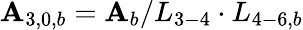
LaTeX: {\mathbf{A}_{3,0,b}}={\mathbf{A}_{b}}/{L_{3-4}}\cdot{L_{4-6,b}}